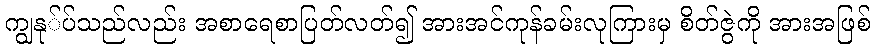
ကျွနု်ပ်သည်လည်း အစာရေစာပြတ်လတ်၍ အားအင်ကုန်ခမ်းလုကြားမှ စိတ်ဇွဲကို အားအဖြစ်